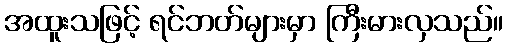
အထူးသဖြင့် ရင်ဘတ်များမှာ ကြီးမားလှသည်။